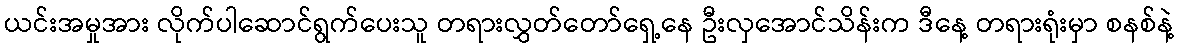
ယင်းအမှုအား လိုက်ပါဆောင်ရွက်ပေးသူ တရားလွှတ်တော်ရှေ့နေ ဦးလှအောင်သိန်းက ဒီနေ့ တရားရုံးမှာ စနစ်နဲ့